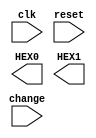
//*************************************************************************************************//
// Description: This is the verilog file for traffic light control logic                           //
//              phase count can be customized by signal                                            //
//*************************************************************************************************//



//*  
// @parameter clk   : 50MHz clock signal
// @parameter reset : reset signal
// @parameter change: change signal
//*
module traffic_ctr (
	clk,
	reset,
	change,
	HEX0,
	HEX1
	);
//==== input/output declaration======//
	//--- input ---//
	input clk;
	input reset;
	input change;

	//--- output ---//
	output [6:0] HEX0;
	output [6:0] HEX1;

//==== reg/wire declaration =========//
	//--- output ---//
	reg [6:0] HEX0;
	reg [6:0] HEX1;

	//--- wires ---//
	wire clk_16;
	wire [23:0] next_clks;
	reg  [4:0]  next_countdown;
	reg  [6:0]  next_HEX0;
	reg  [6:0]  next_HEX1;




//*******combinational part*********//
	



	



//*******sequential part************//

	
	
endmodule